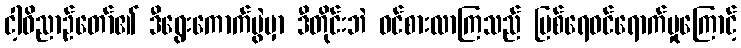
ငါ့ဝိညာဉ်တော်၏ ဒီရွေးကောက်ပွဲမှာ ဒီတိုင်းဘဲ ဝင်စားလာကြသည် မြစ်ရေဝင်ရောက်မှုကြောင့်